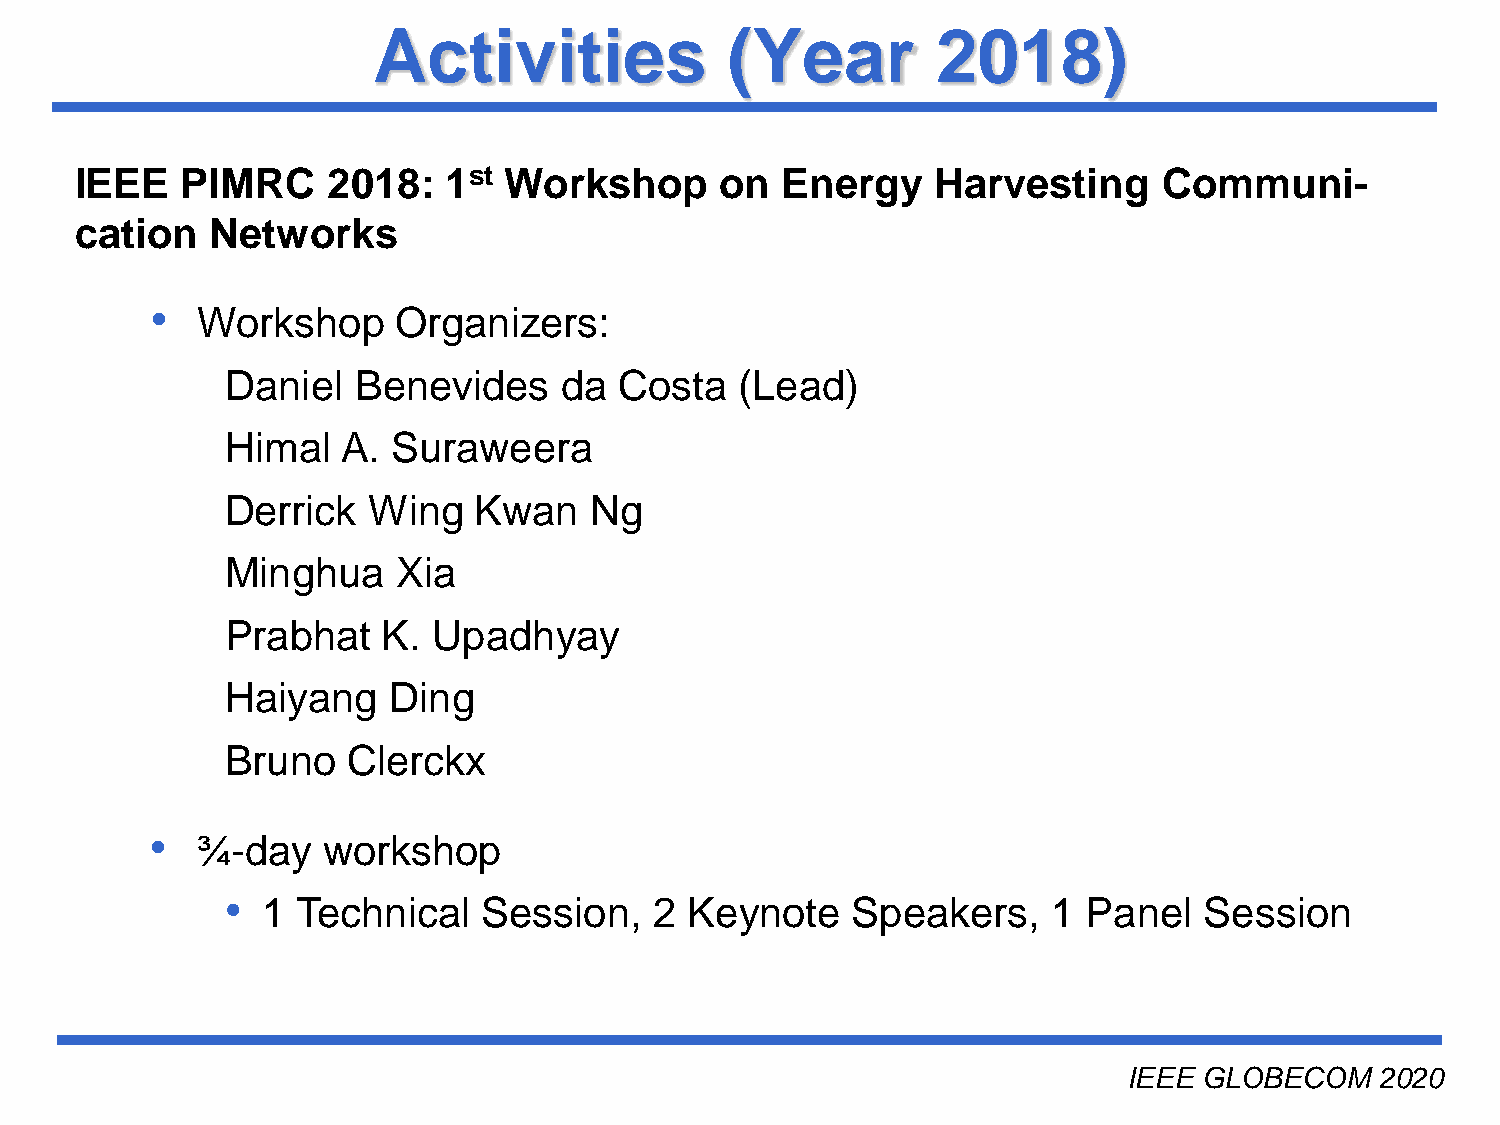
Activities             (Year         2018)
 IEEE   PIMRC     2018:  1st Workshop       on  Energy    Harvesting     Communi-
 cation   Networks
 •
 Workshop     Organizers:
 Daniel  Benevides     da  Costa   (Lead)
 Himal   A. Suraweera
 Derrick  Wing   Kwan    Ng
 Minghua    Xia
 Prabhat   K.  Upadhyay
 Haiyang    Ding
 Bruno   Clerckx
 •
 ¾-day   workshop
 •
 1  Technical   Session,   2  Keynote   Speakers,     1 Panel   Session
 Université du Québec
 IEEE GLOBECOM   2020
 INRS-EMT